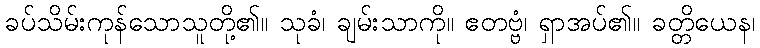
ခပ်သိမ်းကုန်သောသူတို့၏။ သုခံ၊ ချမ်းသာကို။ ဧတဗ္ဗံ၊ ရှာအပ်၏။ ခတ္တိယေန၊